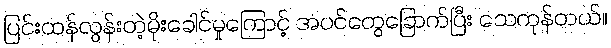
ပြင်းထန်လွန်းတဲ့မိုးခေါင်မှုကြောင့် အပင်တွေခြောက်ပြီး သေကုန်တယ်။